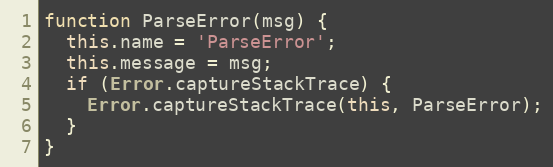
Language: JavaScript
function ParseError(msg) {
  this.name = 'ParseError';
  this.message = msg;
  if (Error.captureStackTrace) {
    Error.captureStackTrace(this, ParseError);
  }
}